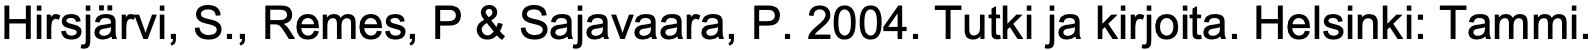
Hirsjärvi, S., Remes, P & Sajavaara, P. 2004. Tutki ja kirjoita. Helsinki: Tammi.